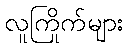
လူကြိုက်များ